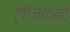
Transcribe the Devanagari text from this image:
टीजिक्को